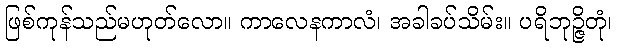
ဖြစ်ကုန်သည်မဟုတ်လော။ ကာလေနကာလံ၊ အခါခပ်သိမ်း။ ပရိဘုဉ္ဇိတုံ၊